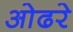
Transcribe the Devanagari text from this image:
ओढरे